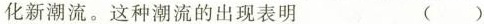
化新潮流。这种潮流的出现表明 ( )